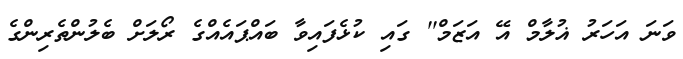
ވަނަ އަހަރު ޣުލާމް އޭ އަޒަމް'' ގައި ކުޅެފައިވާ ބައްޕައެއްގެ ރޯލަށް ބެލުންތެރިންގެ